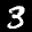
Label: 3